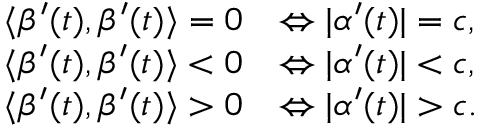
\begin{array} { r l } { \langle \beta ^ { \prime } ( t ) , \beta ^ { \prime } ( t ) \rangle = 0 } & { \Leftrightarrow | \alpha ^ { \prime } ( t ) | = c , } \\ { \langle \beta ^ { \prime } ( t ) , \beta ^ { \prime } ( t ) \rangle < 0 } & { \Leftrightarrow | \alpha ^ { \prime } ( t ) | < c , } \\ { \langle \beta ^ { \prime } ( t ) , \beta ^ { \prime } ( t ) \rangle > 0 } & { \Leftrightarrow | \alpha ^ { \prime } ( t ) | > c . } \end{array}